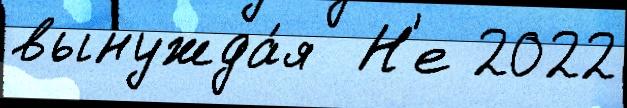
вынужда́я  Н'е 2022